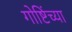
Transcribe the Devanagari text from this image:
गोष्टिंच्या